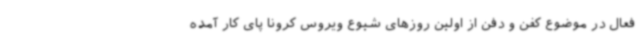
فعال در موضوع کفن و دفن از اولین روزهای شیوع ویروس کرونا پای کار آمده